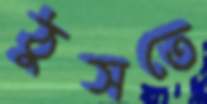
ঠুসতে